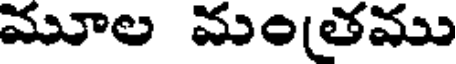
మూల మంతము